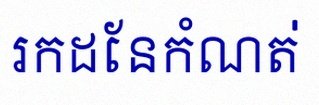
រកដែនកំណត់